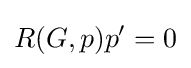
R(G,p)p'=0